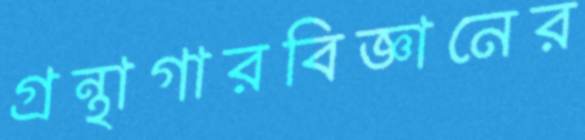
গ্রন্থাগারবিজ্ঞানের